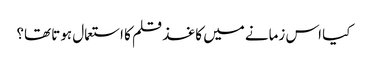
کیا اس زمانے میں کاغذ قلم کا استعمال ہوتا تھا؟